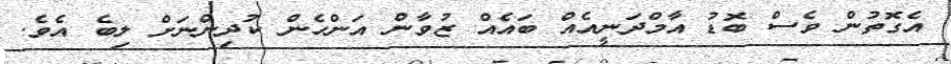
އެގޮތުން ވެސް ބޮޑު އާމްދަނީއެއް ބައެއް ޒުވާން އަންހެން ކުދިންނަށް ލިބެ އެވެ.